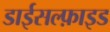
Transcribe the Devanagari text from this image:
डाईसल्फ़ाइड